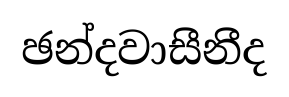
ඡන්දවාසීනීද